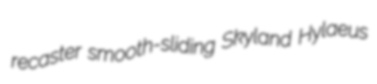
recaster smooth-sliding Skyland Hylaeus